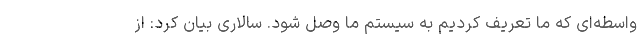
واسطه‌ای که ما تعریف کردیم به سیستم ما وصل شود. سالاری بیان کرد: از